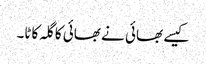
کیسے بھائی نے بھائی کا گلہ کاٹا۔